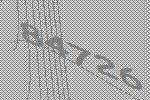
84726